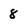
Character: 8